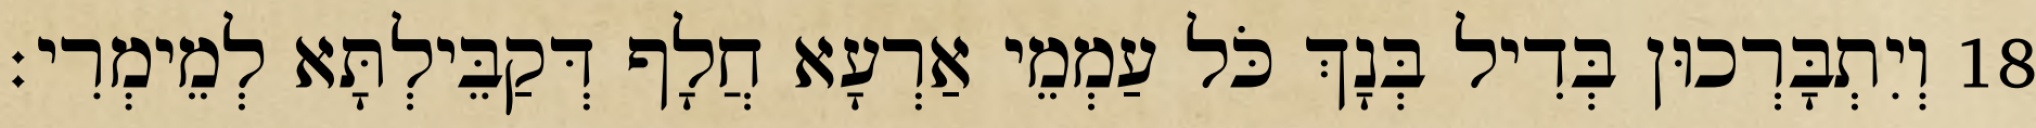
18 וְיִתְבָּרְכוּן בְּדִיל בְּנָךְ כֹּל עַמְמֵי אַרְעָא חֲלָף דְּקַבֵּילְתָּא לְמֵימְרִי׃